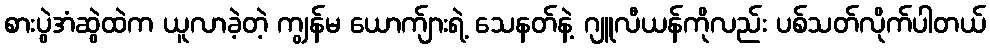
စားပွဲအံဆွဲထဲက ယူလာခဲ့တဲ့ ကျွန်မ ယောက်ျားရဲ့ သေနတ်နဲ့ ဂျူလီယန်ကိုလည်း ပစ်သတ်လိုက်ပါတယ်